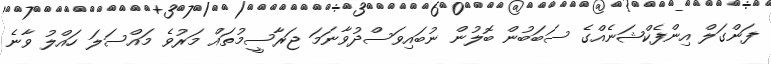
ފަންގަލް އިންފެކްޝަނެއްގެ ސަބަބުން ބޮލުން ނުބައިވަސްދުވާނަމަ ޖަރާސީމުތައް މަރުވެ މައްސަލަ ހައްލު ވާނެ